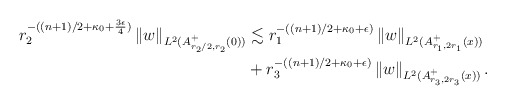
\begin{align*}r_2^{-((n+1)/2 + \kappa_0 + \frac{3\epsilon}{4})}\left\| w \right\|_{L^2(A^+_{r_2/2,r_2}(0))} & \lesssim r_1^{-((n+1)/2 + \kappa_0 + \epsilon)}\left\| w\right\|_{L^2(A^+_{r_1,2r_1}(x))}\\& + r_3^{-((n+1)/2 + \kappa_0 + \epsilon)}\left\| w\right\|_{L^2(A_{r_3,2r_3}^+(x))}.\end{align*}